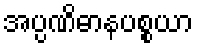
အပ္ပဏိဓာနပစ္စယာ